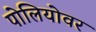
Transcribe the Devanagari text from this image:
पोलियोवर